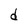
Character: d